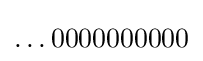
\ldots 0000000000